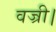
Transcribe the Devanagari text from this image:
वज्री।